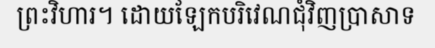
ព្រះវិហារ។ ដោយឡែកបរិវេណជុំវិញប្រាសាទ